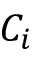
C _ { i }